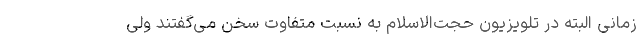
زمانی البته در تلویزیون حجت‌الاسلام به نسبت متفاوت سخن می‌گفتند ولی